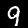
Digit: 9